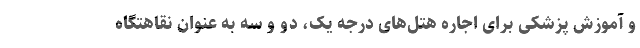
و آموزش پزشکی برای اجاره هتل‌های درجه یک، دو و سه به‌ عنوان نقاهتگاه